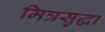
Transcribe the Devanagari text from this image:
मित्रसुद्धा